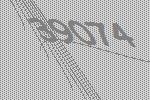
39074